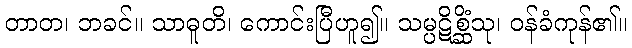
တာတ၊ ဘခင်။ သာဓူတိ၊ ကောင်းပြီဟူ၍။ သမ္ပဋိစ္ဆိံသု၊ ဝန်ခံကုန်၏။